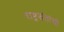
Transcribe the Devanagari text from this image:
राष्ट्रसंतांची